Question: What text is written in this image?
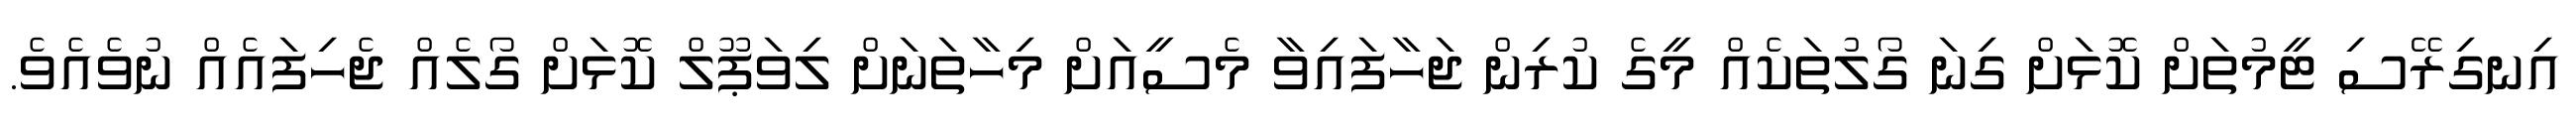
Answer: އިނގިރޭސި ޓީމުތަށް ކޮޅަށް ގިނަ ގޯލުތަކެއް މީގެ ކުރިން ޖަހާފައިވާ މެސީއަށް މިހާތަނަށް ލިވަޕޫލް ކޮޅަށް ގޯލެއް ޖެހިފައެއް ނުވެއެވެ.